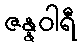
ဇန္နဝါရီ